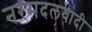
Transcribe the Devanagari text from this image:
नरमदलवादी